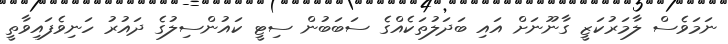
ނަމަވެސް ލާމަރުކަޒީ ގާނޫނަށް އައި ބަދަލުތަކެއްގެ ސަބަބުން ސިޓީ ކައުންސިލުގެ ދައުރު ހަނިވެފައިވާތީ